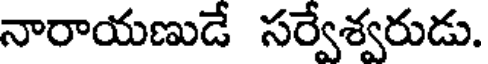
నారాయణుడే సర్వేశ్వరుడు.